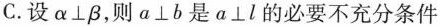
C.设α⊥β，则a⊥b是α⊥l的必要不充分条件